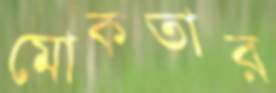
মোকতার